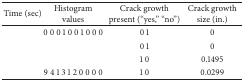
<table><thead><tr><td><b>Time (sec)</b></td><td><b>Histogram values</b></td><td><b>Crack growth present (“yes,” “no”)</b></td><td><b>Crack growth size (in.) </b></td></tr></thead><tbody><tr><td>[EMPTY_CELL]</td><td>0 0 0 1 0 0 1 0 0 0</td><td>0 1</td><td>0</td></tr><tr><td>[EMPTY_CELL]</td><td>[EMPTY_CELL]</td><td>0 1</td><td>0</td></tr><tr><td>[EMPTY_CELL]</td><td>[EMPTY_CELL]</td><td>1 0</td><td>0.1495</td></tr><tr><td>[EMPTY_CELL]</td><td>9 4 1 3 1 2 0 0 0 0</td><td>1 0</td><td>0.0299</td></tr></tbody></table>